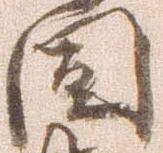
固